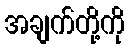
အချက်တို့ကို